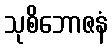
သုစိဘောဇနံ